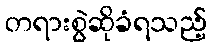
တရားစွဲဆိုခံရသည့်